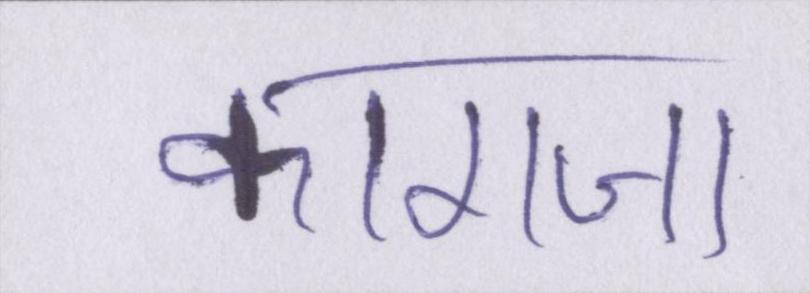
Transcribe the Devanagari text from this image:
कागजा